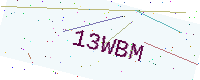
Text: 13WBM